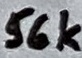
Text: 56k